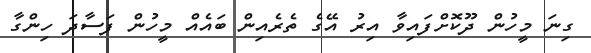
ގިނަ މީހުން ދޫކޮށްފައިވާ އިރު އޭގެ ތެރެއިން ބައެއް މީހުން ފަސާދަ ހިންގާ